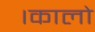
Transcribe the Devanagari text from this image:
।कालो